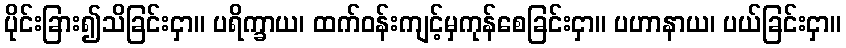
ပိုင်းခြား၍သိခြင်းငှာ။ ပရိက္ခာယ၊ ထက်ဝန်းကျင့်မှကုန်စေခြင်းငှာ။ ပဟာနာယ၊ ပယ်ခြင်းငှာ။